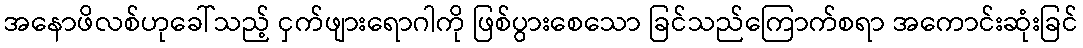
အနောဖိလစ်ဟုခေါ်သည့် ငှက်ဖျားရောဂါကို ဖြစ်ပွားစေသော ခြင်သည်ကြောက်စရာ အကောင်းဆုံးခြင်